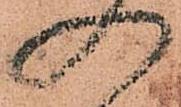
入